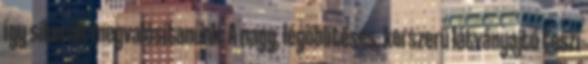
így sikerült megvalósítanunk: A nagy, légöblítéses, korszerű látványajtó teszi